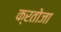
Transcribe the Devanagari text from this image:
क्रतोजा